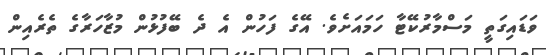
ވަޑައިގަތީ މަސްމާރުކޭޓާ ހަމައަށެވެ. އޭގެ ފަހުން އެ ދެ ބޭފުުޅުން މުޒާހަރާގެ ތެރެއިން